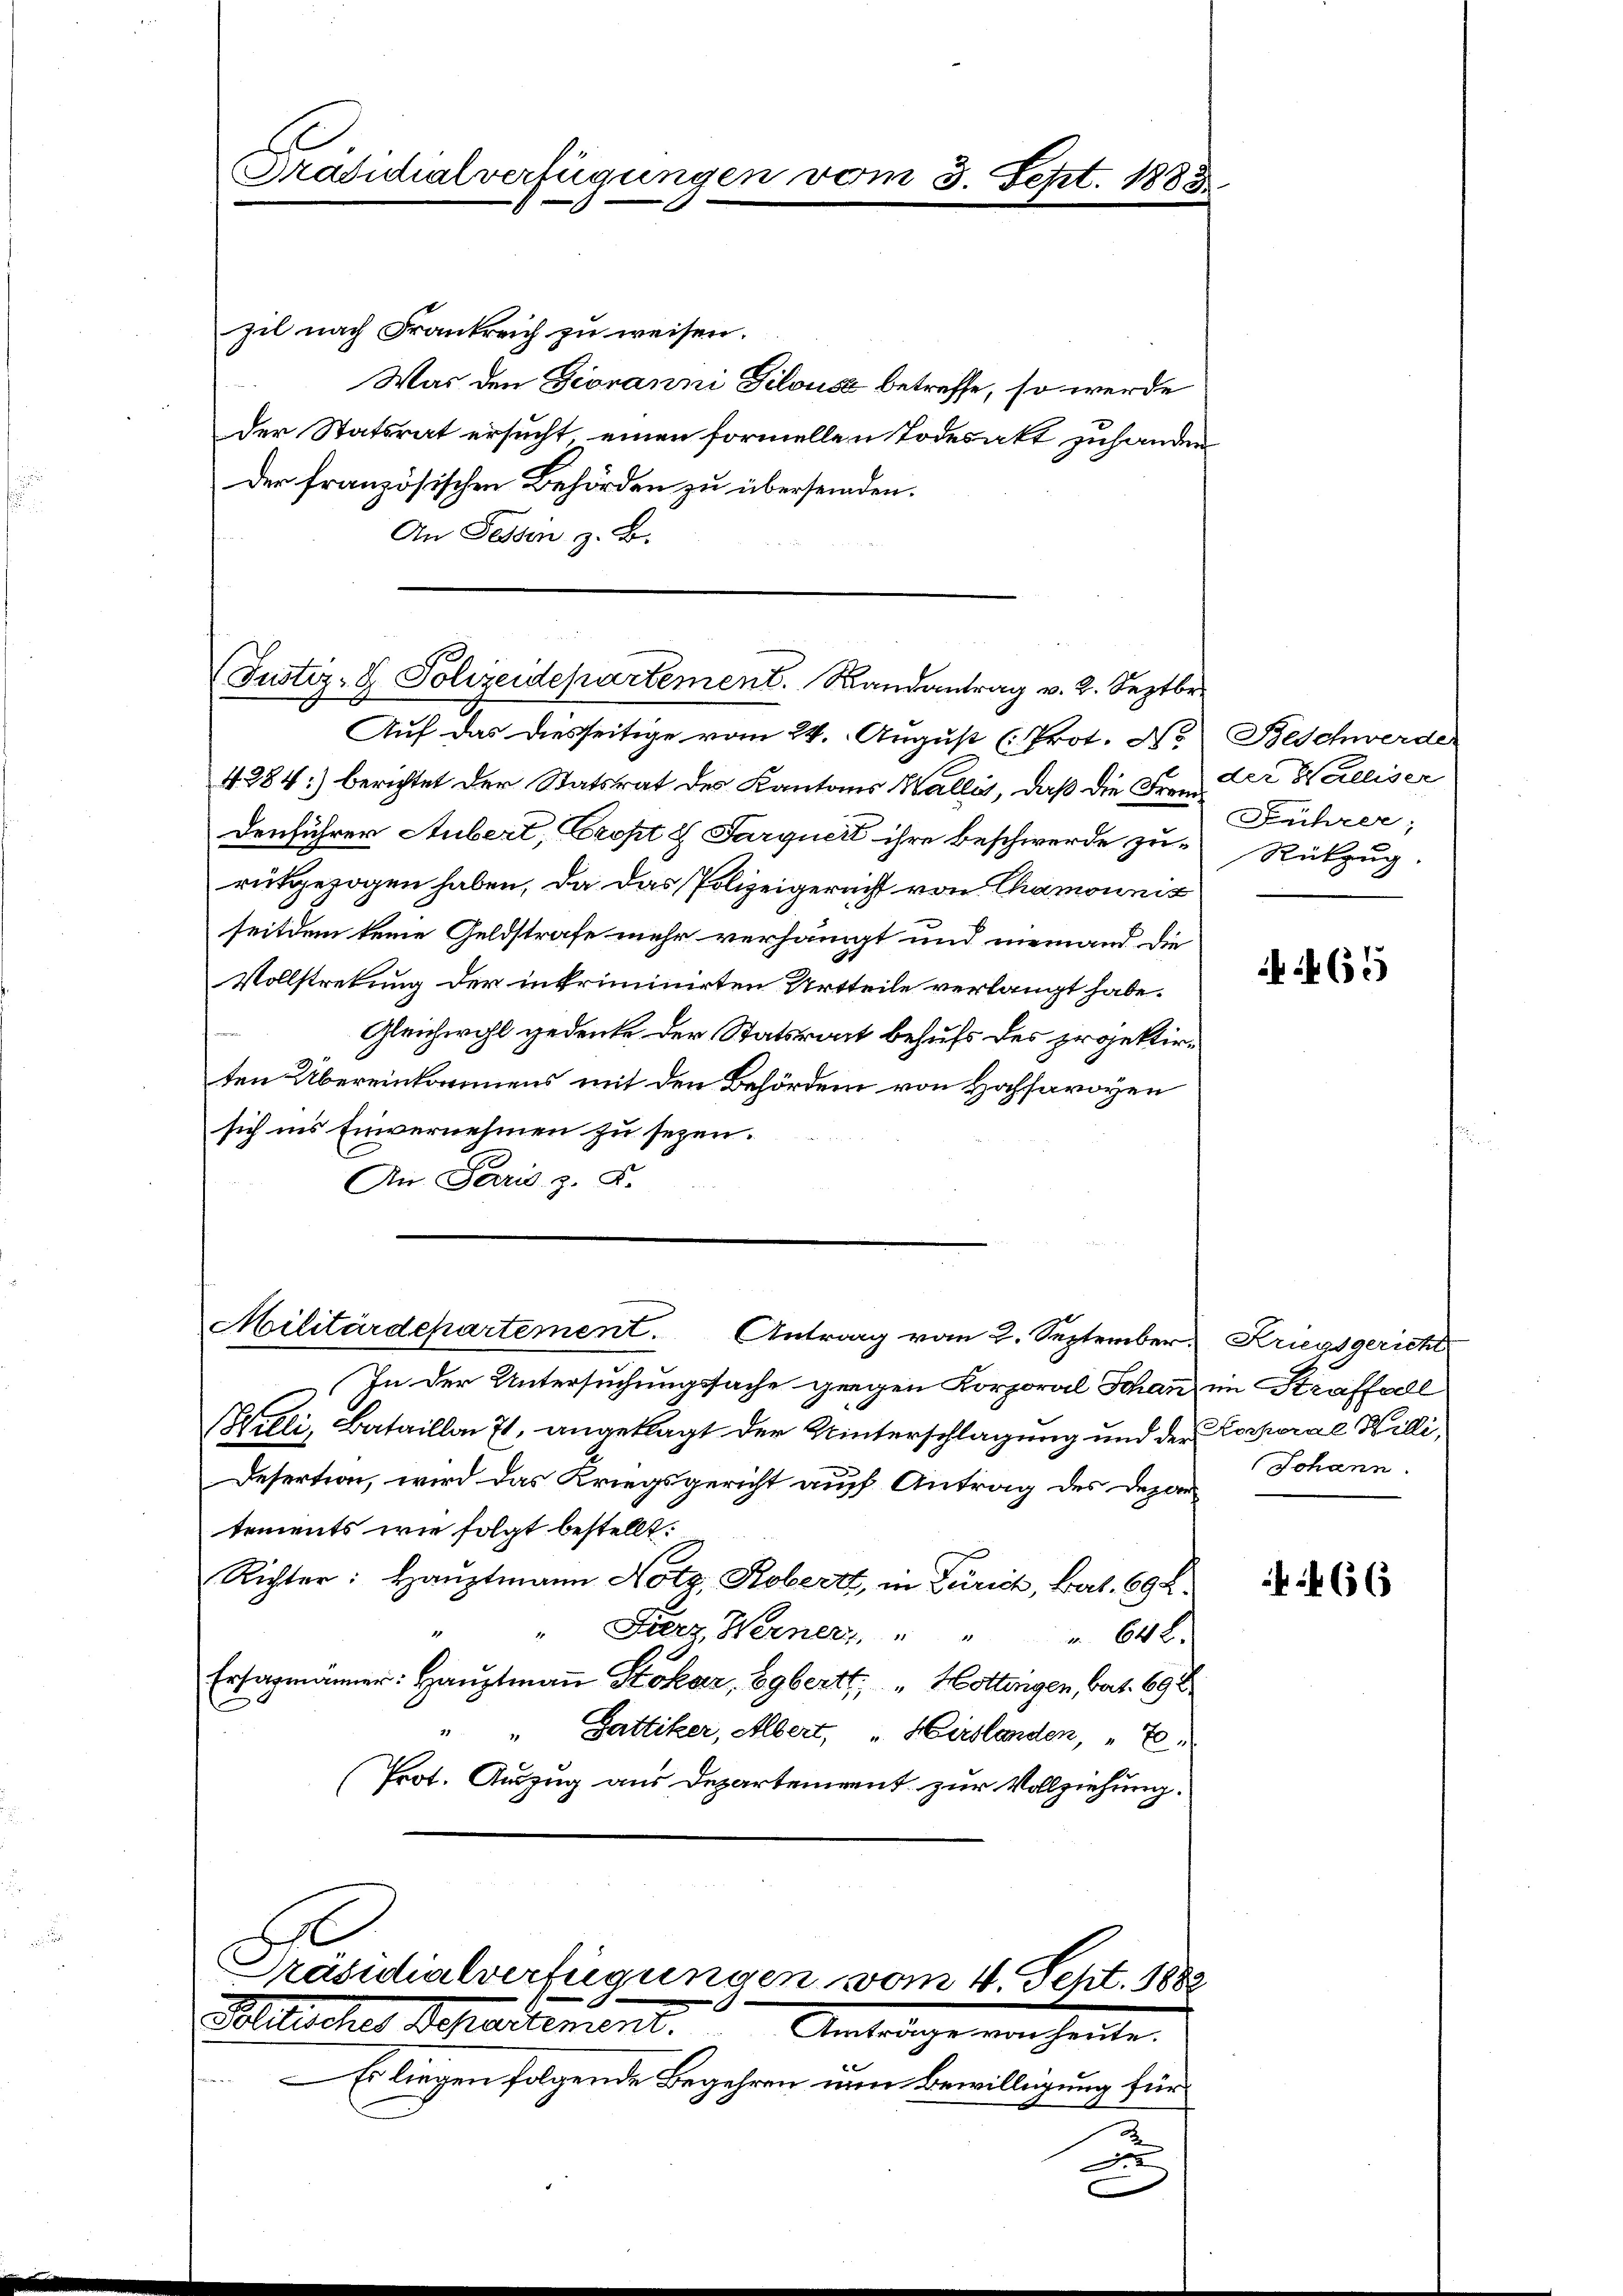
Präsidialverfügungen ve

m 3. Sept. 1883.

zil nach Frankreich zu weisen.
Was den Giovanni Gilouse betreffe, so werde
der Statsrat ersucht einen formellen Todesakt zuhanden
Der französischen Behörden zu überseiden.
An Tessin z. B.

(Justiz- & Polizeidepartement. Randantrag v. 2. Septbr.

Auf das diesseitige vom 24. August (Prot. No.
4384:) berichtet der Statsrat des Kantons Wallis, daß die Frau Der Walliser
Denführer Aubert, Cropt 8. Jurquert ihre beschwerde zurutgezogen haben, da das Polizeigericht von Chamonnit
seitdem keine Geldstrafe mehr verhängt und niemand die
Vollstretung der intriminirten Urtheile verlangt habe.
Gleichwohl gedenke der Statsrat behufs des projektirten Übereinkommens mit den Behörden von Hofsavoyen
sich ins Einvernehmen zu sezen.
An Paris z. B.

Militärdepartement. Antrag vom 2. September Kriegsgericht

In der Untersuchungssache gegen Korporal Schan im Straffall
(Willi, Bataillon 71, angeklagt der Winterschlagung und der Korporal Willi¬
Desertion, wird das Kriegsgericht auf Antrag des Departements wie folgt bestellt:
Richter: Hauptmann Notz, Robert, in Zürich, Bat. 694.
" Fierz, Werner    "    "    642.
Ersagmänner: Hauptmaṅ Stokar, Egbertt, " Hottingen, bat. 698
" Gattiker, Albert, Hirslanden, 7.
Prot. Auszug aus Departement zur Vollziehung.
Präsidialverfügungen vom 4. Seht. 1882
Aldlicher Departement. Amteigenen heute.
 Es liegen folgende Begehren nun Bewilligung für

.

2

Beschwerde
Frührer;
Rükzug.

465

Johann.

466